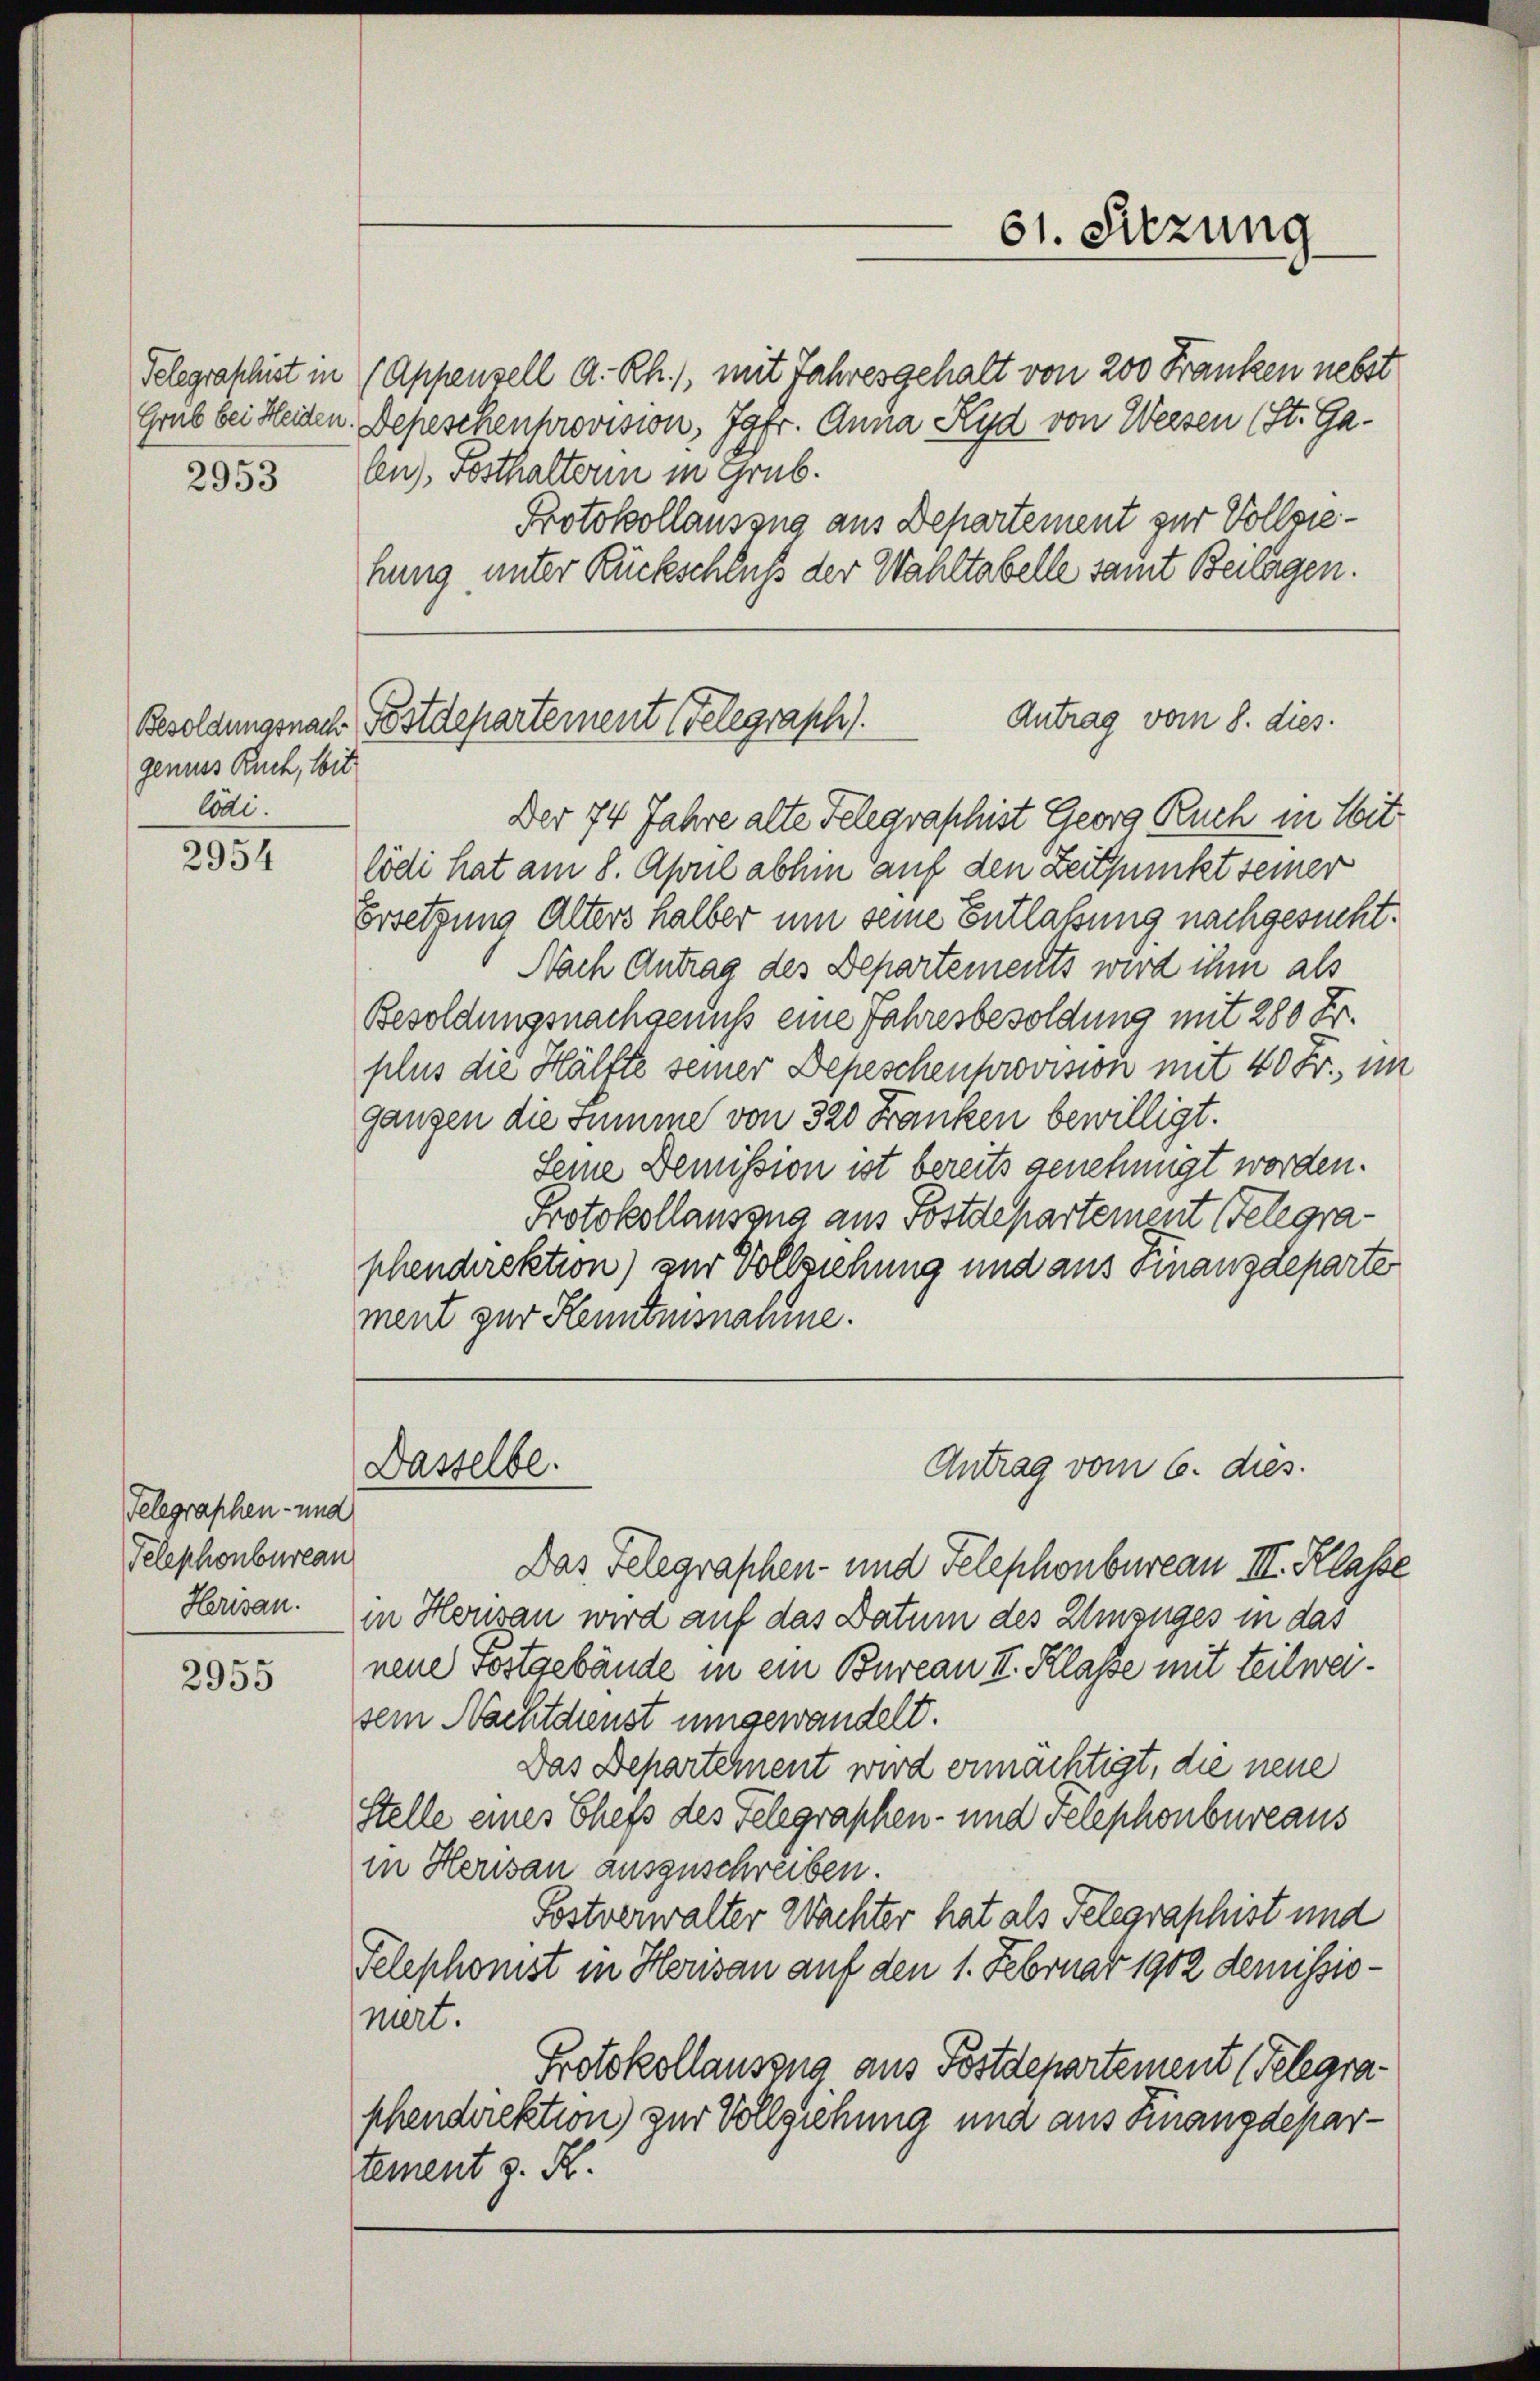
2953

genuss Buch, bit
Codi.

2954

Telegraphen- und
Telephonbureau
Herisau.

2955

61. Sitzung

Telegraschist in Appenzell A.-Rh., mit Jahresgehalt von 200 Franken nebst
Grüb bei Heiden. Depeschenprovision, Jgfr. Anna Kyd von Weesen (St. Galen), vosthalterin in Grub.
Protokollauszug aus Departement zur Vollziehung unter Rückschluß der Wahltabelle samt Beilagen.

Antrag vom 8. dies.
Besoldungsnach Postdepartement (Telegraph

Dasselbe.

Der 74 Jahre alte Telegraphist Georg Ruch in Sitlödi hat am 8. April abhin auf den Zeitpunkt seiner
Ersetzung Alters halber um seine Entlaßung nachgesucht.
Nach Antrag des Departements wird ihm als
Besoldungsnachgenuß eine Jahresbesoldung mit 280 Fr.
plus die Hälfte seiner Depeschenprovision mit 40 Fr., im
gangen die summe von 320 Franken bewilligt.
Seine Demission ist bereits genehmigt worden.
Protokollansona aus Postdepartement Gelegraphendirektion) zur Vollziehung und aus Finanzdeparter
ment zur Kenntnisnahme.

Antrag vom 6. dies.

Das Telegraphen- und Telephonbureau III. Klasse
in Herisau wird auf das Datum des Einzuges in das
neue sostgebäude in ein Bureau II. Klasse mit teilweisein Nachtdienst umgewandelt.
Das Departement wird ermächtigt, die neue
Stelle eines Chefs des Telegraphen- und Telephonbureaus
in Herisau auszuschreiben.
Fostverwalter Wachter hat als Telegraphist und
Telephonst in Herisau auf den 1. Februar 1902 demissioniert.
Protokollauszug aus Postdepartement (Telegraphendirektion) zur Vollziehung und aus Finanzdepartement z. R.